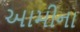
આમીના